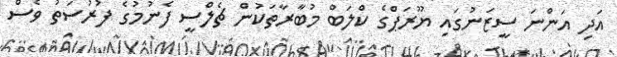
އަދި އަންނަ ސީޒަނުގައި ޔޫރަޕްގެ ކްލަބް މުބާރާތަކުން ޗެލްސީ ފެނުމުގެ ފުރުސަތު ވެސް